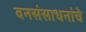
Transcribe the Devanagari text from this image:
वनसंसाधनांचे